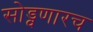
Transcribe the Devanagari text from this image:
सोड्वणारच